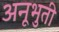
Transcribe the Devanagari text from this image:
अनूभुती